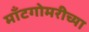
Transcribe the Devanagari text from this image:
मॉँटगोमरीच्या